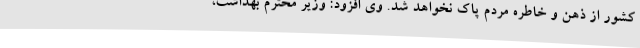
کشور از ذهن و خاطره مردم پاک نخواهد شد. وی افزود: وزیر محترم بهداشت،